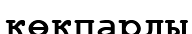
көкпарды